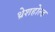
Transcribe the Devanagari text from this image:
थ्रेशहोल्ड